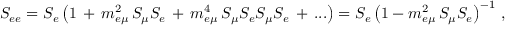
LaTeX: S _ { e e } = S _ { e } \left( 1 \, + \, m _ { e \mu } ^ { 2 } \, S _ { \mu } S _ { e } \, + \, m _ { e \mu } ^ { 4 } \, S _ { \mu } S _ { e } S _ { \mu } S _ { e } \, + \, . . . \right) = S _ { e } \left( 1 - m _ { e \mu } ^ { 2 } \, S _ { \mu } S _ { e } \right) ^ { - 1 } \, ,